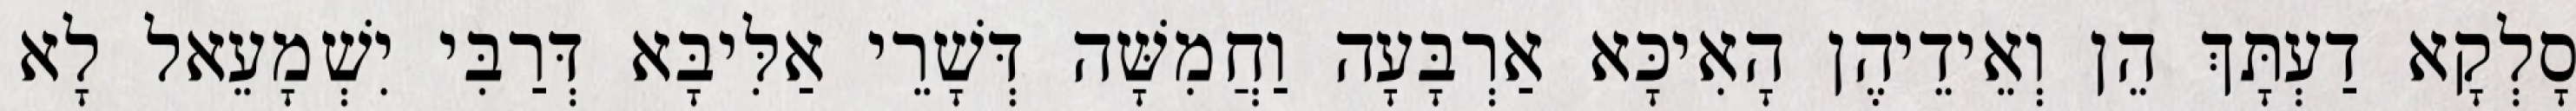
סָלְקָא דַעְתָּךְ הֵן וְאֵידֵיהֶן הָאִיכָּא אַרְבָּעָה וַחֲמִשָּׁה דְּשָׁרֵי אַלִּיבָּא דְּרַבִּי יִשְׁמָעֵאל לָא